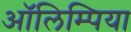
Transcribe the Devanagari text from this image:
ऑलिम्पिया